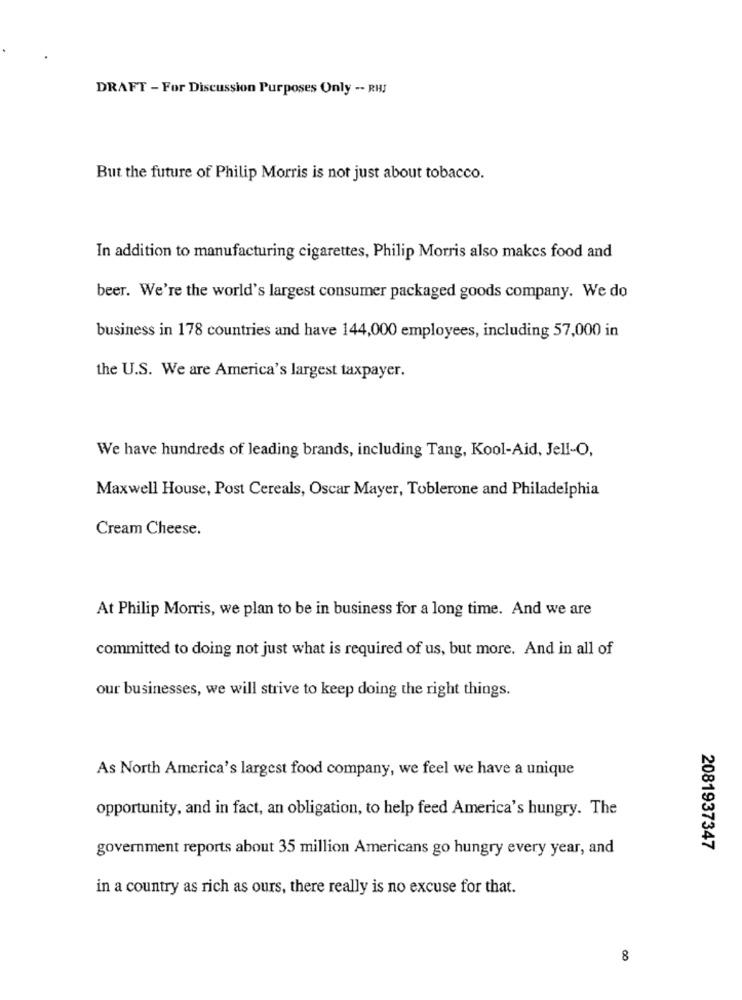
DRAFT - For Discussion Purposes Only -- RWJ
But the future of Philip Morris is not just about tobacco.
In addition to manufacturing cigarettes, Philip Morris also makes food and
beer. We're the world's largest consumer packaged goods company. We do
business in 178 countries and have 144,000 employees, including 57,000 in
the U.S. We are America's largest taxpayer.
We have hundreds of leading brands, including Tang, Kool-Aid, Jell-O,
Maxwell House, Post Cereals, Oscar Mayer, Toblerone and Philadelphia
Cream Cheese.
At Philip Morris, we plan to be in business for a long time. And we are
committed to doing not just what is required of us, but more. And in all of
our businesses, we will strive to keep doing the right things.
As North America's largest food company, we feel we have a unique
opportunity, and in fact, an obligation, to help feed America's hungry. The
government reports about 35 million Americans go hungry every year, and
2081937347
in a country as rich as ours, there really is no excuse for that.
8